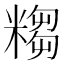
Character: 𥻤